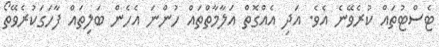
ޓެސްޓުތައް ކުރެވޭނެ އެވެ. އަދި އެއްގޮތް އަލާމާތްތައް ހުންނަ އެހެން ބަލިތައް ފާހަގަކުރެވޭތޯ